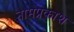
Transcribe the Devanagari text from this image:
नामप्रकाश